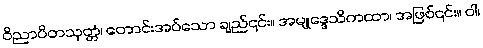
ဝိညာပိတသုတ္တံ၊ တောင်းအပ်သော ချည်၎င်း။ အမျုဒ္ဒေသိကထာ၊ အဖြစ်၎င်း။ ဝါ၊